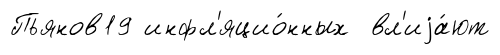
Пьянов19 инфл'яцио́нных вл'иjа́ют